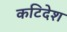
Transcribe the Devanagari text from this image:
कटिदेश